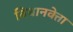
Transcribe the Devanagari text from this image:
विधानवेत्ता